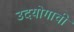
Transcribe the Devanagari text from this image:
उदयोगाची